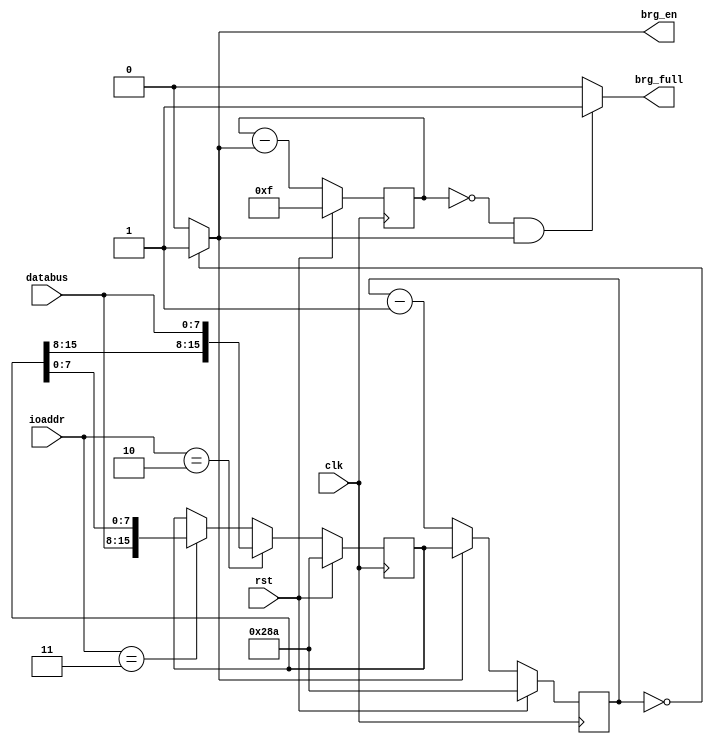
`timescale 1ns / 1ps
//////////////////////////////////////////////////////////////////////////////////
// Company: 
// Engineer: 
// 
// Design Name: 	SPART
// Module Name:    	brg
// Project Name: 	
// Target Devices: 	Xilinx Virtex 5
// Tool versions: 
// Description: 
//
// Dependencies: 
//
// Revision: 
// Revision 0.01 - File Created
// Additional Comments: 
// Baud Rate Generator
//////////////////////////////////////////////////////////////////////////////////
module brg(
input [7:0] databus,
input 		clk,rst,
input [1:0] ioaddr,
output 		brg_en, 	//Signifies 1/16 of a baud .. Send to Rx
output 		brg_full	//Goes high every baud .. Send to Tx
);

reg [15:0] 	div_buffer, div_buffer_next;
reg [15:0] 	cnt, cnt_next;
reg [3:0] 	full_cnt;

wire [3:0] 	full_cnt_next;
wire 		zero; // If Zero true or not

always @(posedge clk) begin
	if(rst == 1'b1) begin
		// Default DB to 100 MHz and 9600 baud
		cnt 		<= 16'd650; 		// Gets DB
		full_cnt 	<= 4'hf; 			// Counts down from 15 to 0
		div_buffer 	<= 16'd650;        	// Rounded to 100M/9600 - 1
	end
	else begin
		cnt 		<= cnt_next;
		full_cnt 	<= full_cnt_next;	
		div_buffer 	<= div_buffer_next;
	
	end
end

always @(*) begin
	// Defaults
	div_buffer_next = div_buffer;
	cnt_next 		= cnt - 1;

	// Load DivisionBuffer(high)
	if(ioaddr == 2'b11)
		div_buffer_next = {databus, div_buffer[7:0]};
		
	// Load DivisionBuffer(low)
	if(ioaddr == 2'b10)
		div_buffer_next = {div_buffer[15:8], databus};
	

	// Reset/Roll cnt to the contents of the DivisionBuffer
	if(zero == 1'b1)
		cnt_next = div_buffer;
end

assign zero = (cnt == 16'h0000) ? 1'b1 : 1'b0;
assign full_cnt_next = full_cnt - zero; // Only decrements when cnt is 0

assign brg_en = zero;
assign brg_full = (full_cnt == 4'h0 && brg_en == 1'b1) ? 1'b1 : 1'b0;

endmodule